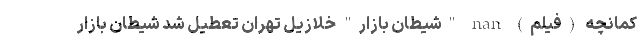
کمانچه (فیلم) nan "شیطان بازار" خلازیل تهران تعطیل شد شیطان بازار